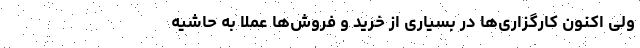
ولی اکنون کارگزاری‌ها در بسیاری از خرید و فروش‌ها عملاً به حاشیه